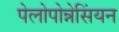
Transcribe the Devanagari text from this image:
पेलोपोन्नेसिंयन